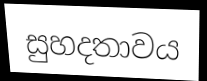
සුහදතාවය